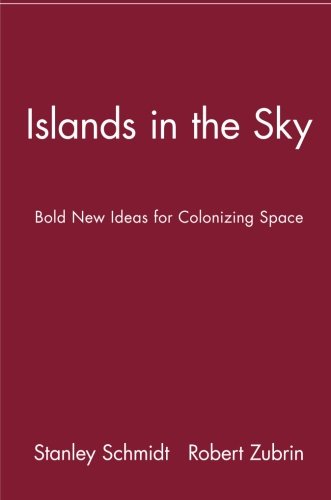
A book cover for Islands in the Sky: Bold New Ideas for Colonizing Space; Travel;